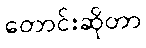
တောင်းဆိုတာ